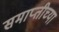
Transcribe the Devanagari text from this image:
समाप्‍तीच्या